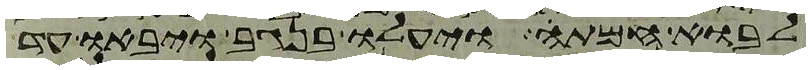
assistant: לבוא חמתה ויעלו בנגב ויבאו עד